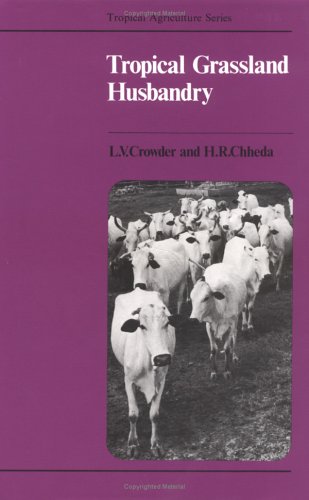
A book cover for Tropical Grassland Husbandry (Tropical Agriculture Series); L. V. Crowder; Science & Math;